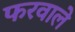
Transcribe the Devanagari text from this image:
फरवाले